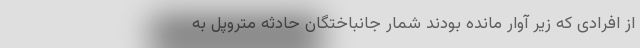
از افرادی که زیر آوار مانده بودند شمار جانباختگان حادثه متروپل به